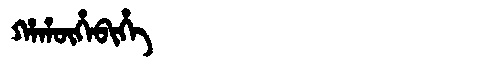
Manchu: ᡥᠠᡥᡡᡥᠠᠪᡳᡥᡝ
Romanization: HAHŪHABIHE